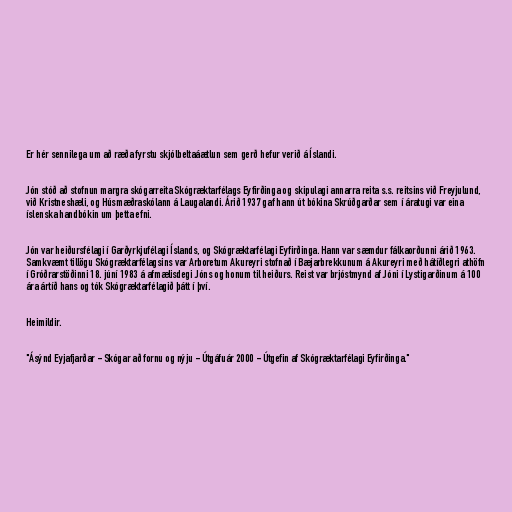
Er hér sennilega um að ræða fyrstu skjólbeltaáætlun sem gerð hefur verið á Íslandi.

Jón stóð að stofnun margra skógarreita Skógræktarfélags Eyfirðinga og skipulagi annarra reita s.s. reitsins við Freyjulund,
við Kristneshæli, og Húsmæðraskólann á Laugalandi. Árið 1937 gaf hann út bókina Skrúðgarðar sem í áratugi var eina
íslenska handbókin um þetta efni.

Jón var heiðursfélagi í Garðyrkjufélagi Íslands, og Skógræktarfélagi Eyfirðinga. Hann var sæmdur fálkaorðunni árið 1963.
Samkvæmt tillögu Skógræktarfélagsins var Arboretum Akureyri stofnað í Bæjarbrekkunum á Akureyri með hátíðlegri athöfn
í Gróðrarstöðinni 18. júní 1983 á afmælisdegi Jóns og honum til heiðurs. Reist var brjóstmynd af Jóni í Lystigarðinum á 100
ára ártíð hans og tók Skógræktarfélagið þátt í því.

Heimildir.

"Ásýnd Eyjafjarðar - Skógar að fornu og nýju - Útgáfuár 2000 - Útgefin af Skógræktarfélagi Eyfirðinga."